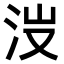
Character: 𣳒